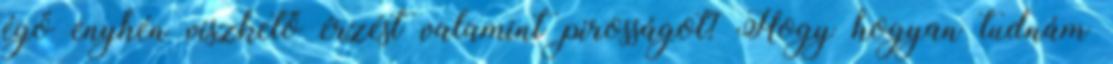
égő enyhén viszkető érzést valamint pirosságot? Hogy hogyan tudnám